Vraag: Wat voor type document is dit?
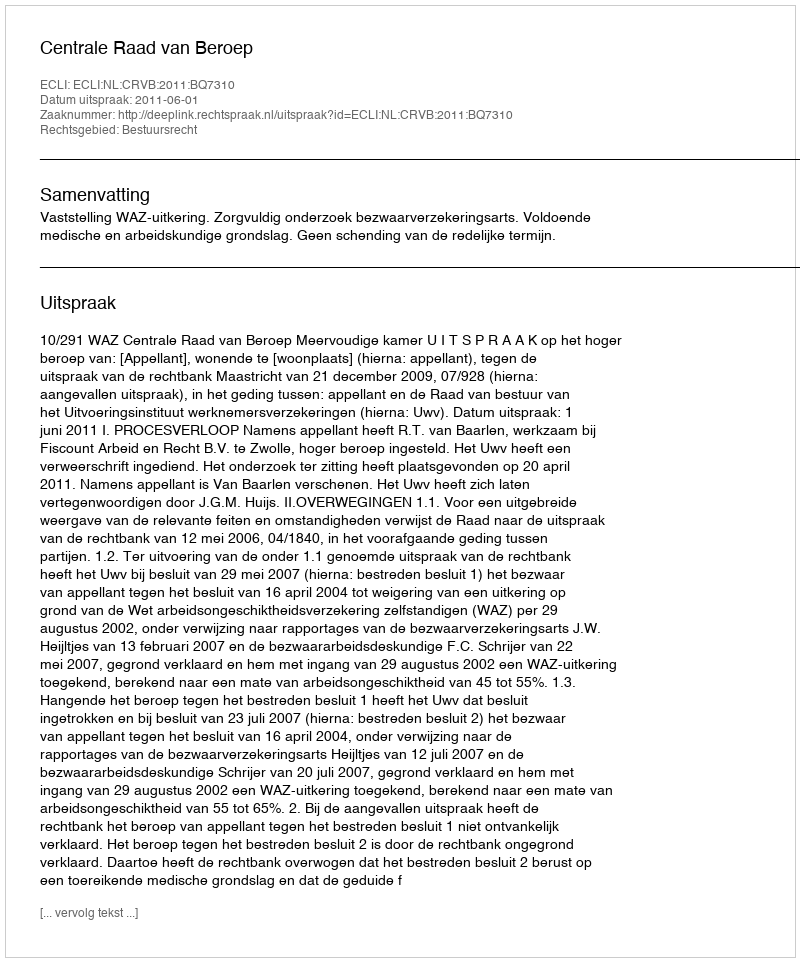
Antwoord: Uitspraak